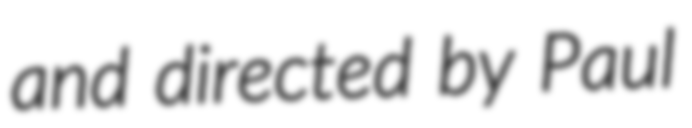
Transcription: and directed by Paul